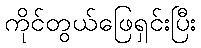
ကိုင်တွယ်ဖြေရှင်းပြီး